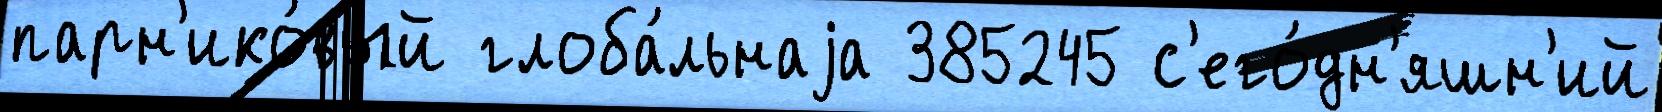
парн'ико́вый глоба́льнаjа 385245 с'его́дн'яшн'ий